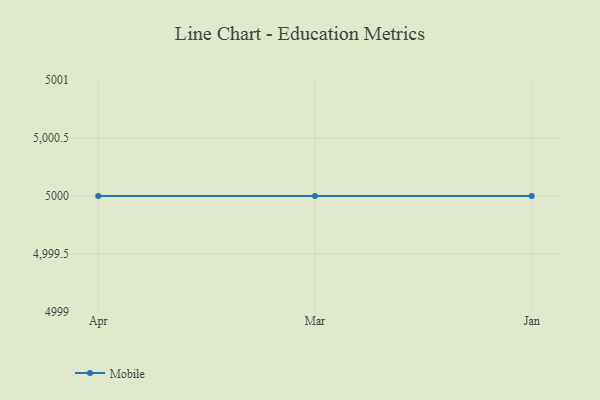
{"axis": {"x": "Month", "y": "Conversion Rate (%)"}, "legend": ["Mobile"], "data": [{"x": "Apr", "y": 5000, "type": "Mobile"}, {"x": "Mar", "y": 5000, "type": "Mobile"}, {"x": "Jan", "y": 5000, "type": "Mobile"}]}